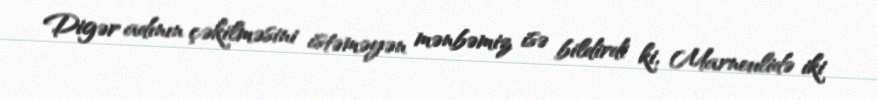
Digər adının çəkilməsini istəməyən mənbəmiz isə bildirdi ki, Marneulidə iki